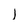
Character: I